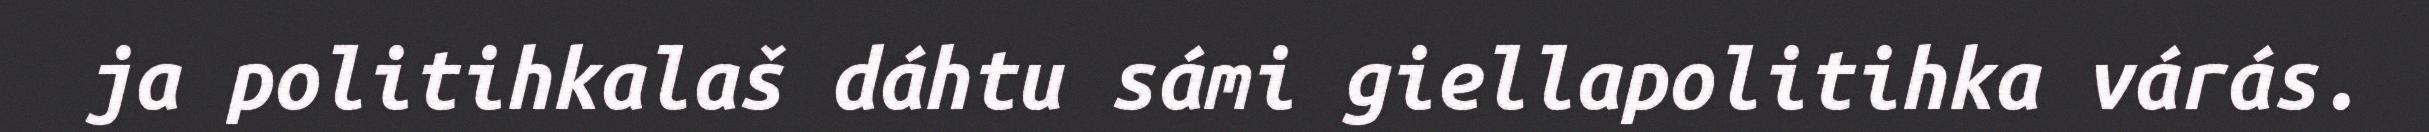
ja politihkalaš dáhtu sámi giellapolitihka várás.